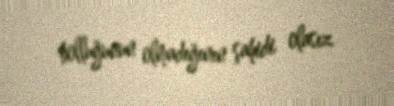
bolluğunun olmadığının şahidi olasız.